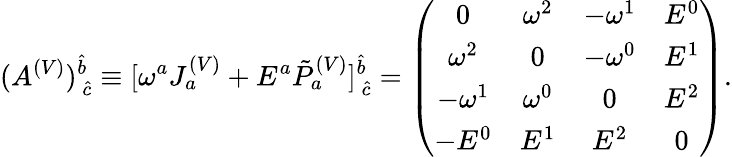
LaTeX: (A^{(V)})_{\mathrm{~}\hat{c}}^{\hat{b}}\equiv[\omega^{a}J_{a}^{(V)}+E^{a}\tilde{P}_{a}^{(V)}]_{\mathrm{~}\hat{c}}^{\hat{b}}=\left(\begin{array}{cccc}{{0}}&{{\omega^{2}}}&{{-\omega^{1}}}&{{E^{0}}}\\ {{\omega^{2}}}&{{0}}&{{-\omega^{0}}}&{{E^{1}}}\\ {{-\omega^{1}}}&{{\omega^{0}}}&{{0}}&{{E^{2}}}\\ {{-E^{0}}}&{{E^{1}}}&{{E^{2}}}&{{0}}\end{array}\right).